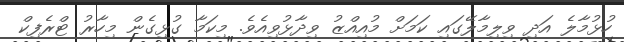
ހުޅުމާލެ އަދި ވިލިމާލޭގައި ކަމަށް މުއިއްޒު ވިދާޅުވިއެވެ. މިކަމާ ގުޅިގެން މިހާރު ޓްރެފިކް